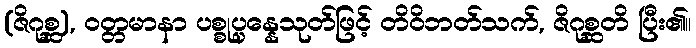
(ဇိဂုစ္ဆ), ဝတ္တမာနာ ပစ္စုပ္ပန္နေသုတ်ဖြင့် တိဝိဘတ်သက်, ဇိဂုစ္ဆတိ ပြီး၏။